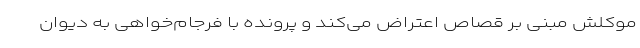
موکلش مبنی بر قصاص اعتراض می‌کند و پرونده با فرجام‌خواهی به دیوان